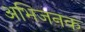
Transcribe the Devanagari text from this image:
अभिजनक